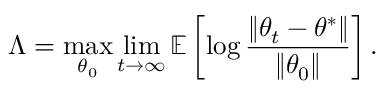
\Lambda = \operatorname* { m a x } _ { \theta _ { 0 } } \operatorname* { l i m } _ { t \to \infty } \mathbb { E } \left[ \log \frac { \| \theta _ { t } - \theta ^ { * } \| } { \| \theta _ { 0 } \| } \right] .